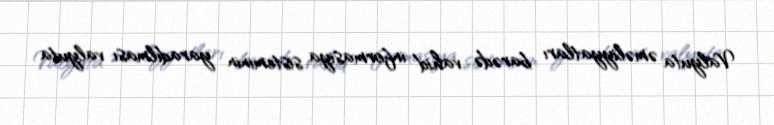
Valyuta əməliyyatları barədə vahid informasiya sisteminin yaradılması valyuta